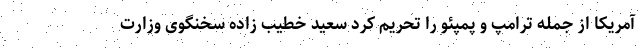
آمریکا از جمله ترامپ و پمپئو را تحریم کرد سعید خطیب زاده سخنگوی وزارت